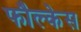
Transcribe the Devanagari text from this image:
फौल्केस